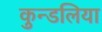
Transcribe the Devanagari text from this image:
कुन्डलिया